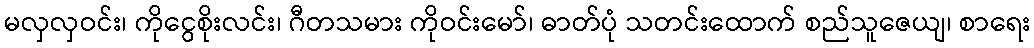
မလှလှဝင်း၊ ကိုငွေစိုးလင်း၊ ဂီတသမား ကိုဝင်းမော်၊ ဓာတ်ပုံ သတင်းထောက် စည်သူဇေယျ၊ စာရေး